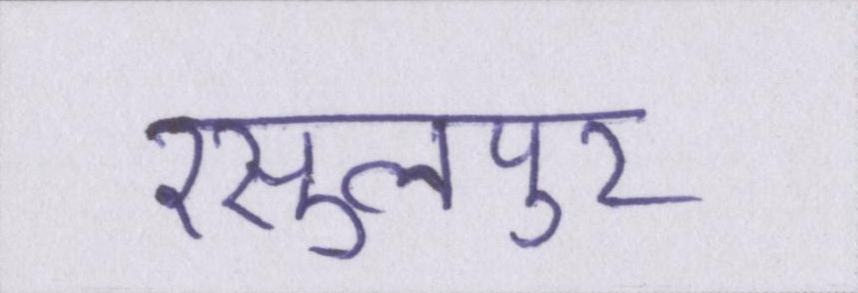
रसुलपुर